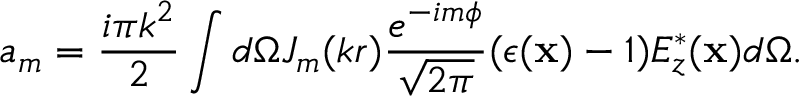
a _ { m } = \frac { i \pi k ^ { 2 } } { 2 } \int d \Omega J _ { m } ( k r ) \frac { e ^ { - i m \phi } } { \sqrt { 2 \pi } } ( \epsilon ( { \bf x } ) - 1 ) E _ { z } ^ { * } ( { \bf x } ) d \Omega .